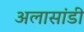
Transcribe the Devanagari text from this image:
अलासांडी